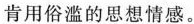
肯用俗滥的思想情感。